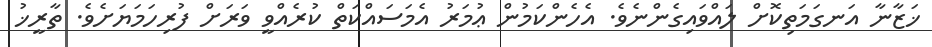
ޚަޒާނާ އަނގަމަތިކޮށް ލައްވައިގެންނެވެ. އެހެންކަމުން ޢުމަރު އެމަސައްކަތް ކުރެއްވީ ވަރަށް ފުރިހަމަޔަށެވެ. ތާރީޚު